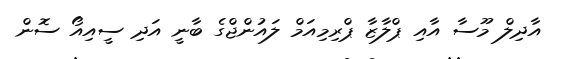
އާދިލް މޫސާ އާއި ޕްލާޒާ ޕްރިމިއަމް ލައުންޖްގެ ބާނީ އަދި ސީއިއޯ ސޮން